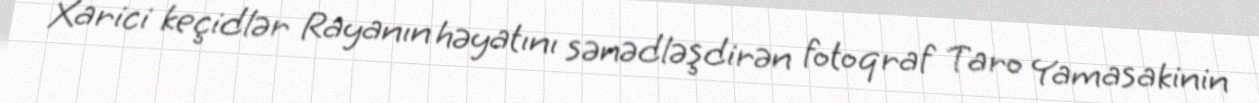
Xarici keçidlər Rayanın həyatını sənədləşdirən fotoqraf Taro Yamasakinin